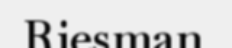
Riesman